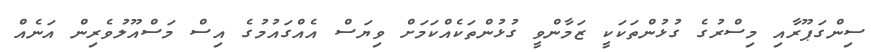
ސިންގަޕޫރާއި މިސްރުގެ ގުޅުންތަކަކީ ޒަމާންވީ ގުޅުންތަކެއްކަމަށް ވިޔަސް އެއްގައުމުގެ އިސް މަސްއޫލުވެރިން އަނެއް